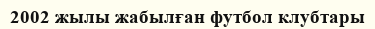
2002 жылы жабылған футбол клубтары